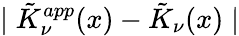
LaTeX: \mid\tilde{K}_{\nu}^{app}(x)-\tilde{K}_{\nu}(x)\mid